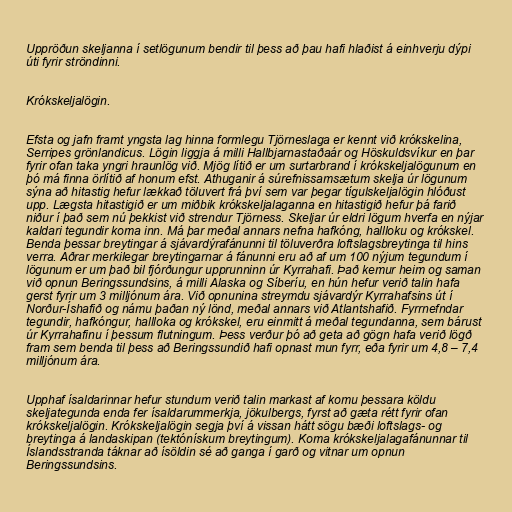
Uppröðun skeljanna í setlögunum bendir til þess að þau hafi hlaðist á einhverju dýpi
úti fyrir ströndinni.

Krókskeljalögin.

Efsta og jafn framt yngsta lag hinna formlegu Tjörneslaga er kennt við krókskelina,
Serripes grönlandicus. Lögin liggja á milli Hallbjarnastaðaár og Höskuldsvíkur en þar
fyrir ofan taka yngri hraunlög við. Mjög lítið er um surtarbrand í krókskeljalögunum en
þó má finna örlítið af honum efst. Athuganir á súrefnissamsætum skelja úr lögunum
sýna að hitastig hefur lækkað töluvert frá því sem var þegar tígulskeljalögin hlóðust
upp. Lægsta hitastigið er um miðbik krókskeljalaganna en hitastigið hefur þá farið
niður í það sem nú þekkist við strendur Tjörness. Skeljar úr eldri lögum hverfa en nýjar
kaldari tegundir koma inn. Má þar meðal annars nefna hafkóng, hallloku og krókskel.
Benda þessar breytingar á sjávardýrafánunni til töluverðra loftslagsbreytinga til hins
verra. Aðrar merkilegar breytingarnar á fánunni eru að af um 100 nýjum tegundum í
lögunum er um það bil fjórðungur upprunninn úr Kyrrahafi. Það kemur heim og saman
við opnun Beringssundsins, á milli Alaska og Síberíu, en hún hefur verið talin hafa
gerst fyrir um 3 milljónum ára. Við opnunina streymdu sjávardýr Kyrrahafsins út í
Norður-Íshafið og námu þaðan ný lönd, meðal annars við Atlantshafið. Fyrrnefndar
tegundir, hafkóngur, hallloka og krókskel, eru einmitt á meðal tegundanna, sem bárust
úr Kyrrahafinu í þessum flutningum. Þess verður þó að geta að gögn hafa verið lögð
fram sem benda til þess að Beringssundið hafi opnast mun fyrr, eða fyrir um 4,8 – 7,4
milljónum ára.

Upphaf ísaldarinnar hefur stundum verið talin markast af komu þessara köldu
skeljategunda enda fer ísaldarummerkja, jökulbergs, fyrst að gæta rétt fyrir ofan
krókskeljalögin. Krókskeljalögin segja því á vissan hátt sögu bæði loftslags- og
breytinga á landaskipan (tektónískum breytingum). Koma krókskeljalagafánunnar til
Íslandsstranda táknar að ísöldin sé að ganga í garð og vitnar um opnun
Beringssundsins.